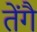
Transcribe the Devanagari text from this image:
तेंगै